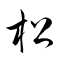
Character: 松